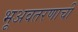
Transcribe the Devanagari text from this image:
भूअवतरणाची